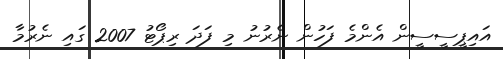
އައިޕީސީސީން އެންމެ ފަހުން ނެރުނު މި ފަދަ ރިޕޯޓު 2007 ގައި ނެރުމާ